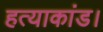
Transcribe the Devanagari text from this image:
हत्याकांड।